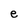
Character: e